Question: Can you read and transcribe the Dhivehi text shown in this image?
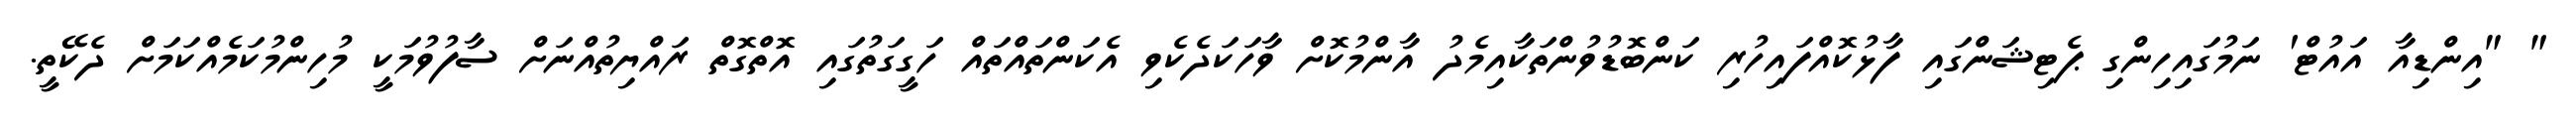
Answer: " "އިންޑިއާ އައުޓް' ނަމުގައިހިންގި ޕެޓިޝަންގައި ފާޅުކޮއްފައިހުރި ކަންބޮޑުވުންތަކާއިމެދު އާންމުކޮށް ވާހަކަދެކެވި އެކަންތައްތައް ހަގީގަތުގައި އޮތްގޮތް ރައްޔިތުއްނަށް ސާފުވުމަކީ މުހިންމުކަމެއްކަމަށް ދެކޭތީ.